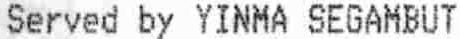
SERVED BY YINMA SEGAMBUT